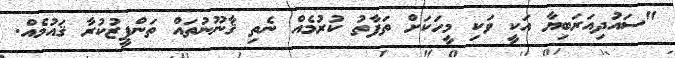
"ސައުދިއަރަބިޔާ އަކީ ވަކި މީހަކަށް ތަފާތު ކުރުމެއް ނެތި ޤާނޫނުތައް ތަންފީޒުކުރާ ޤައުމެއް.